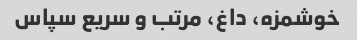
خوشمزه، داغ، مرتب و سریع سپاس